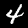
Label: 4